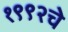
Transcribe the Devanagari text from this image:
१९९२चे